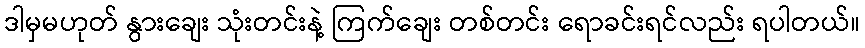
ဒါမှမဟုတ် နွားချေး သုံးတင်းနဲ့ ကြက်ချေး တစ်တင်း ရောခင်းရင်လည်း ရပါတယ်။